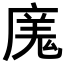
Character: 𭙬